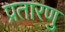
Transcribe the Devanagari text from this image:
प्रतारणु